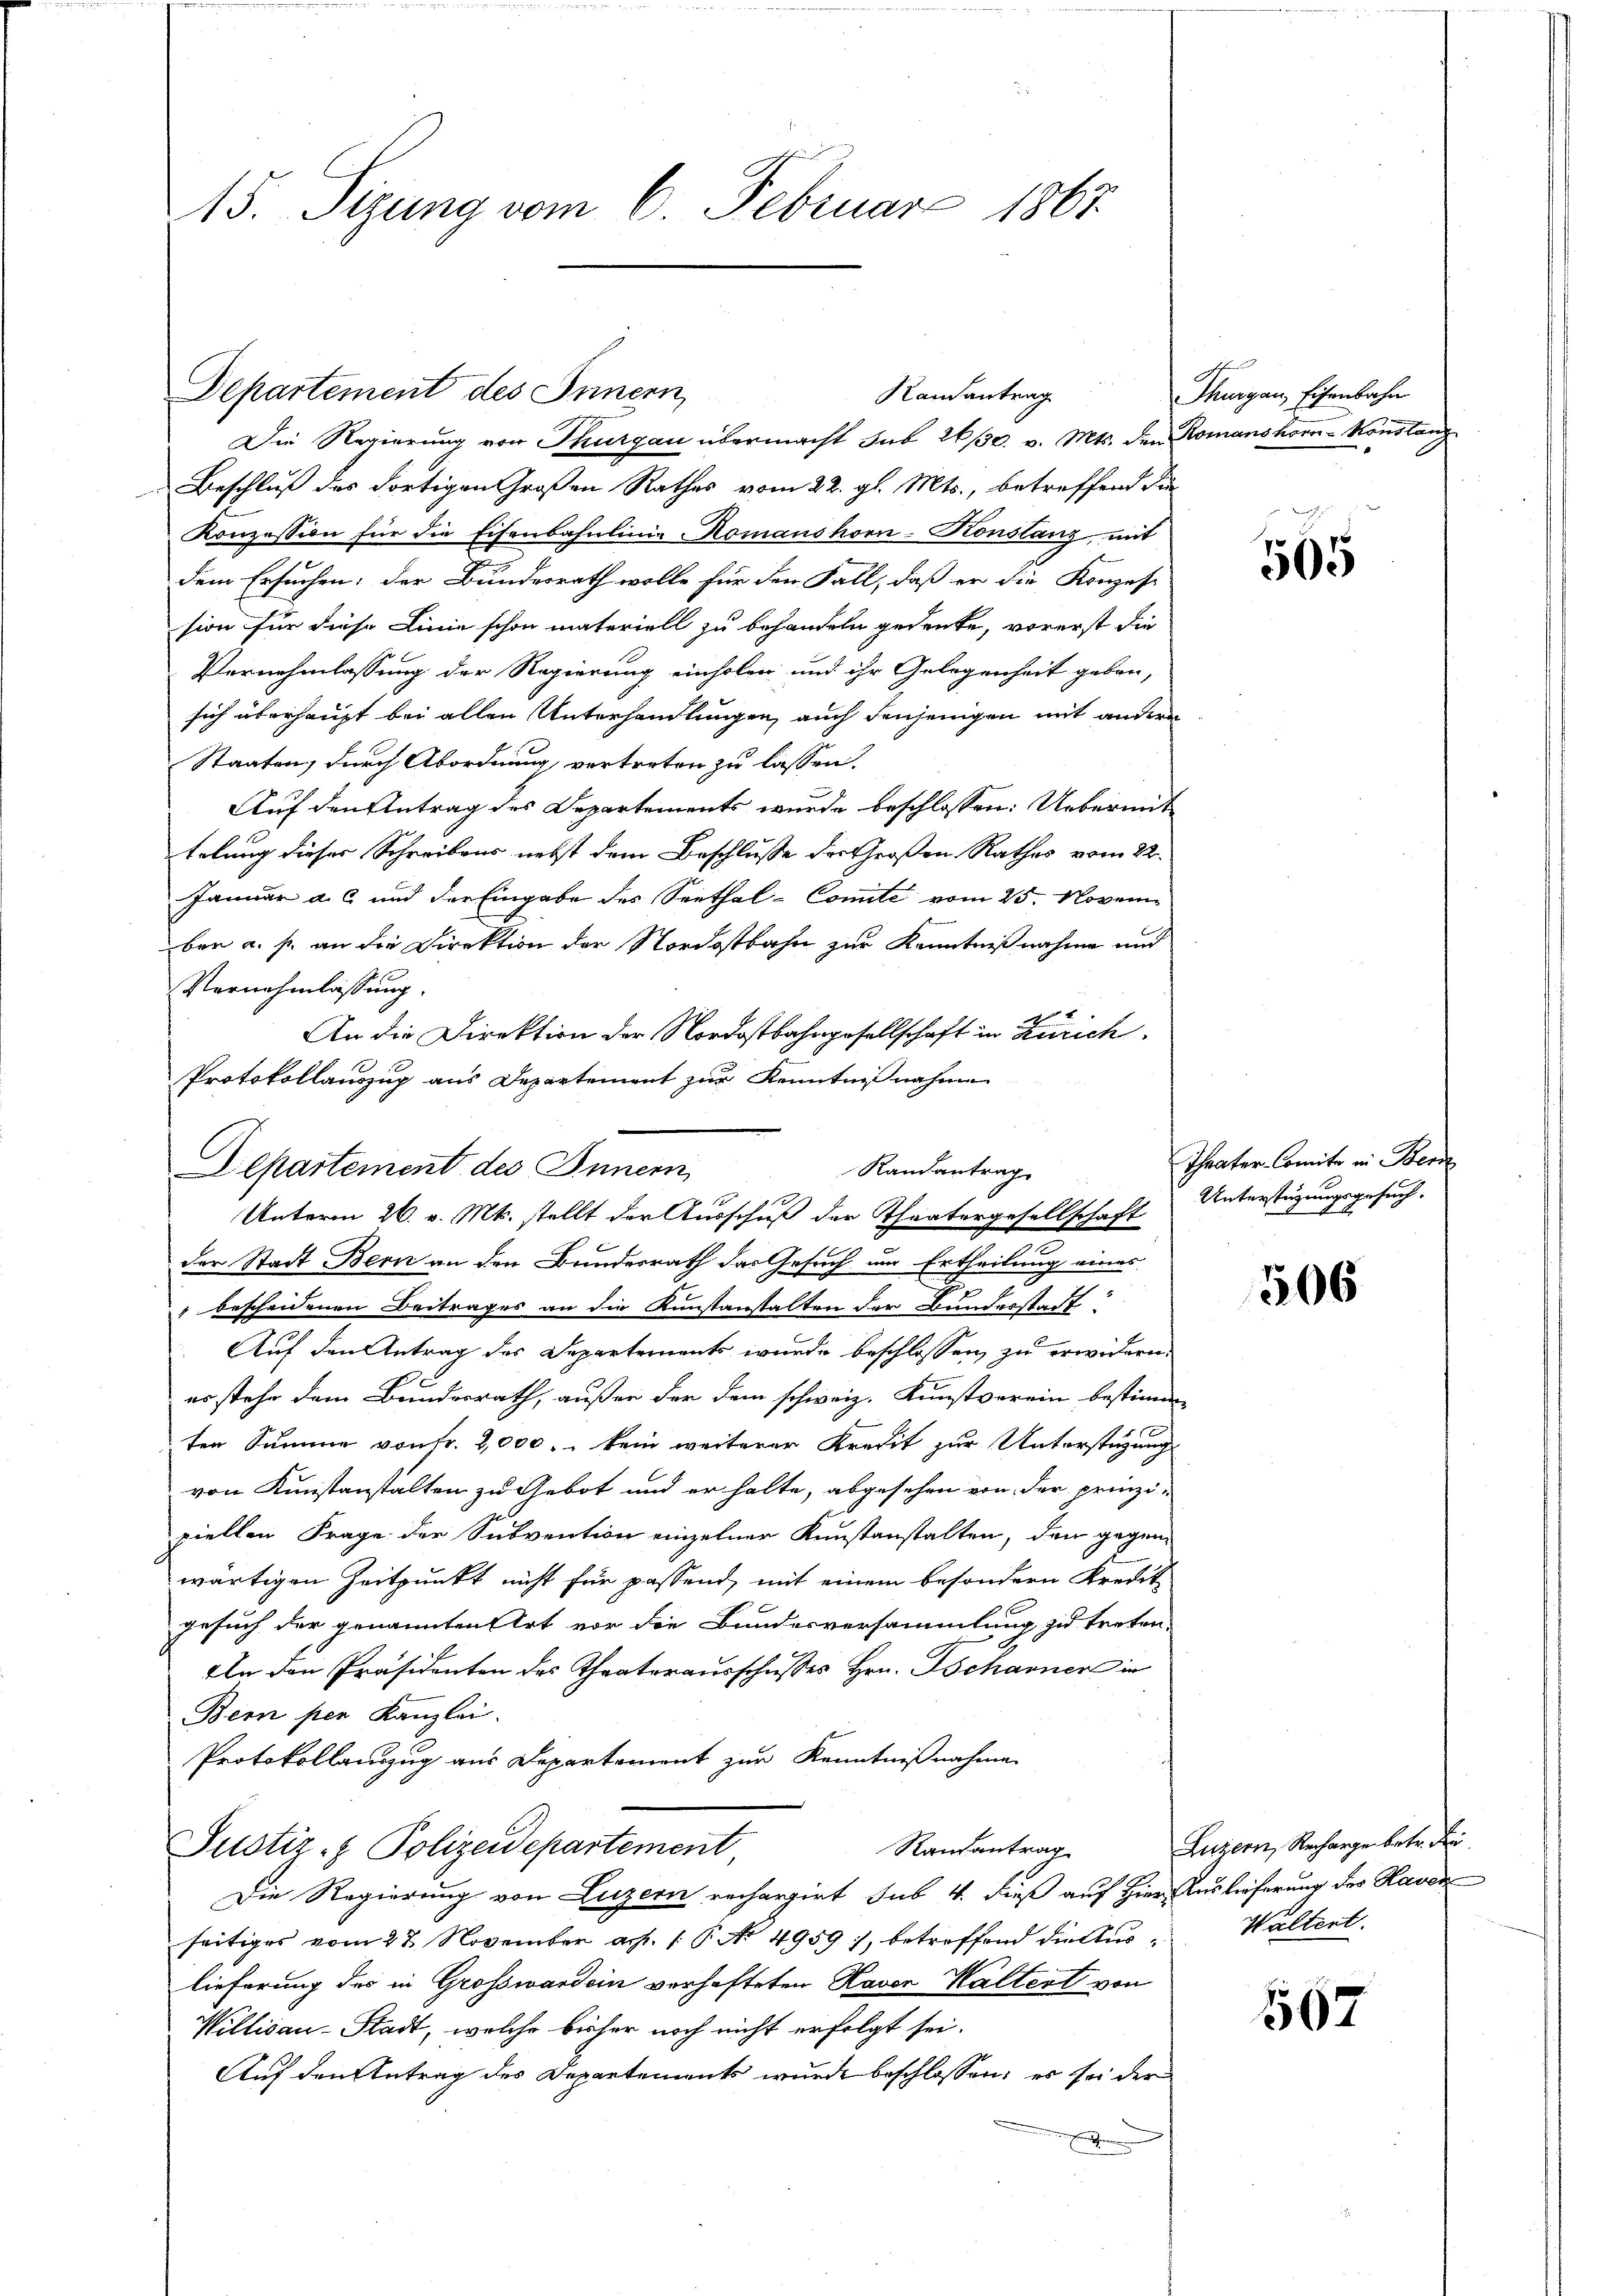
15. Sizung vom 6. Februar 1867.

Departement des Innern,
Randantrag

Die Regierung von Thurgau übermacht sub 20. v. Mts. den Romanshorn-Konslang
Beschluß des dortigen Großen Rathes vom 22. gl. Mts., betreffend die
Konzession für die Eisenbahnlinie Romanshorn-Konstanz, mit
dem Ersuchen; der Bundesrath wolle für den Fall, daß er die Konzes-
sion für diese Linie schon materiell zu behandeln gedenke, vorerst die
Vernehmlassung der Regierung einholen und ihr Gelegenheit geben,
sich überhaupt bei allen Unterhandlungen, auch denjenigen mit andern
Staaten, durch Abordnung vertreten zu lassen.
Auf den Antrag des Departements wurde beschlossen: Uebermit
telung dieser Schreibens nebst dem Beschlusse der Großen Rathes vom 22.
Januar a. c. und der Eingabe des Seethal-Comite vom 25. Novem
ben u. s. an die Direktion der Nordostbahn zur Kenntnißnahme und
Vernehmlassung.
An die Direktion der Nordostbahngesellschaft in Zürich.
Protokollauszug aus Departement zur Kenntnißnahme
der Stadt Bern an den Bundesrath das Gesuch um Ertheilung eines

" bescheidenen Beitrages an die Kunstanstalten der Bunderstadt
Auf den Antrag des Departements wurde beschlossen, zu erwidern.
erstehe dem Bundesrath, außer der dem schweiz. Kunstverein bestimme
ten Summe von Fr. 2,000 . kein weiterer Kredit zur Unterstüzung
von Kinistanstalten zu Gebot und er halte, abgesehen von der prinzi-
viellen Frage der Subvention einzelner Kunstanstalten, den gegen
wärtigen Zeitpunkt nicht für passend, mit einem besondern Kredit
gesuch der genannten Art vor die Bundesversammlung zu treten.
In den Präsidenten des Theaterausschusses Hrn. Tscharner in
Bern per Kanzlei.
Protokollauszug aus Departement zur Kenntnißnahme
Justiz- & Polizeidepartement
Rausantrag
Die Regierung von Luzern rechargirt sub 4. Fieß auf Hier Auslieferung des Haver
seitiges vom 27. November a. p. 1 P. No 4959, betreffend die Auslieferung des in Großwardein verhafteten Haver Waltert von
Willisau-Stadt, welche bisher noch nicht erfolgt sei.
Auf den Antrag des Departements wurde beschlossen, es sei der
n

Departement des Innern
Randantrag
Unterm 26. v. Mts. stellt der Ausschuß der Theatergesellschaft Unterstüzungsgesuch-

Thurgau, Eisenbahn

505

Theater-Comite in Ber

506

Luzern, Recharge betr. di
Waltert.

567